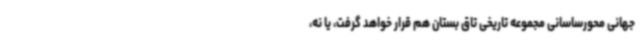
جهانی محورساسانی مجموعه تاریخی تاق بستان هم قرار خواهد گرفت، یا نه،